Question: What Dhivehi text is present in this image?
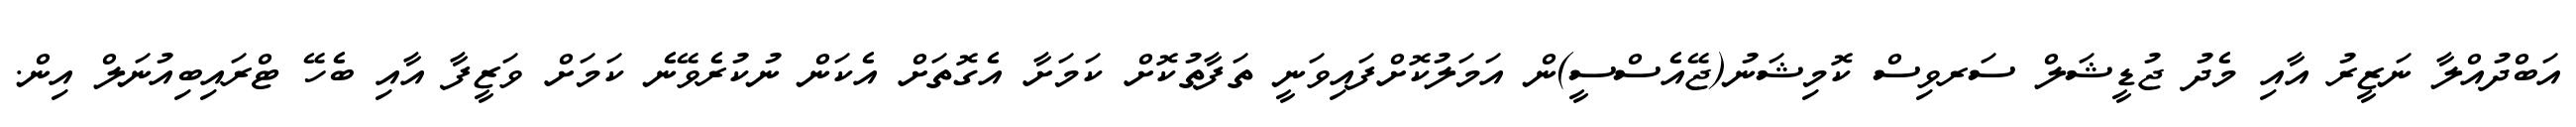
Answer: އަބްދުއްލާ ނަޒީރު އާއި މެދު ޖުޑީޝަލް ސަރވިސް ކޮމިޝަނު(ޖޭއެސްސީ)ން އަމަލުކޮށްފައިވަނީ ތަފާތުކޮށް ކަމަށާ އެގޮތަށް އެކަން ނުކުރެވޭނެ ކަމަށް ވަޒީފާ އާއި ބެހޭ ޓްރައިބިއުނަލް އިން.